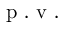
\mathrm { ~ p ~ . ~ v ~ . ~ }